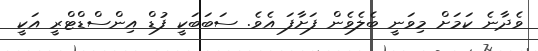
ވެދާނެ ކަމަށް މިވަނީ ބެލެވެން ފަށާފަ އެވެ. ސަބަބަކީ ފުޑް އިންސްޑްޓްރީ އަކީ